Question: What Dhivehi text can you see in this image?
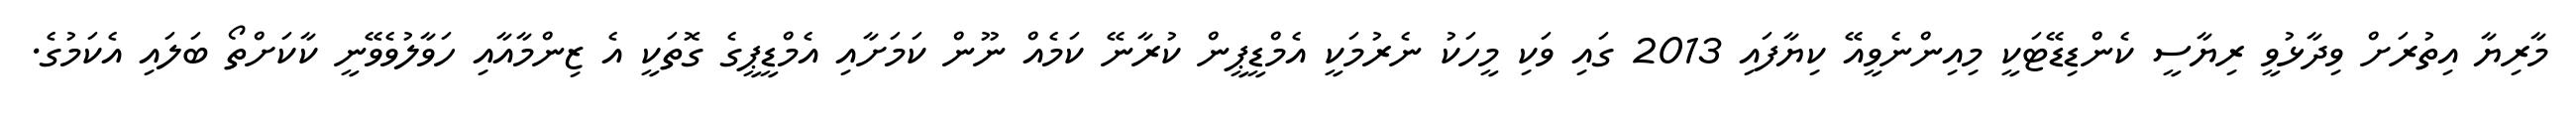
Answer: މާރިޔާ އިތުރަށް ވިދާޅުވީ ރިޔާސީ ކެންޑިޑޭޓަކީ މިއިންނެވީއޭ ކިޔާފައި 2013 ގައި ވަކި މީހަކު ނެރުމަކީ އެމްޑީޕީން ކުރާނޭ ކަމެއް ނޫން ކަމަށާއި އެމްޑީޕީގެ ގޮތަކީ އެ ޒިންމާއާއި ހަވާލުވެވޭނީ ކާކަށްތޯ ބަލައި އެކަމުގެ.